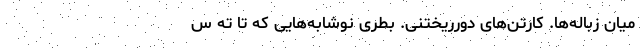
میان زباله‌ها. کارتن‌های دورریختنی‌. بطری نوشابه‌هایی که تا تَه س